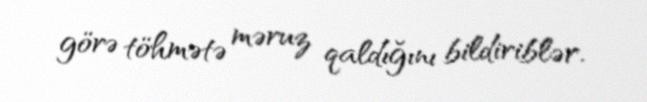
görə töhmətə məruz qaldığını bildiriblər.